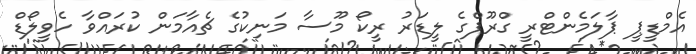
އެމްޑީޕީ ޕާލަމެންޓްރީ ގްރޫޕްގެ ލީޑަރު ރީކޯ މޫސާ މަނިކުގެ ޗެއާމަން ކުރައްވާ ހެވީލޯޑް